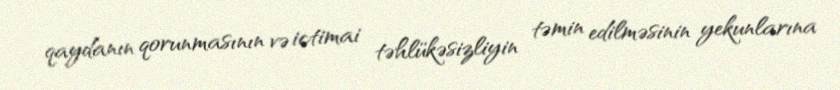
qaydanın qorunmasının və ictimai təhlükəsizliyin təmin edilməsinin yekunlarına